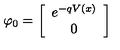
\varphi _ { 0 } = \left[ \begin{array} { c } { e ^ { - q V ( x ) } } \\ { 0 } \\ \end{array} \right]